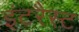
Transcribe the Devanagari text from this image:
इंटरैस्ट